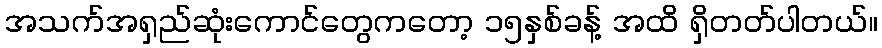
အသက်အရှည်ဆုံးကောင်တွေကတော့ ၁၅နှစ်ခန့် အထိ ရှိတတ်ပါတယ်။